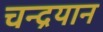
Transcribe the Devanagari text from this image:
चन्‍द्रयान